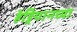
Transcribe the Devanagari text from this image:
हेड्रियानच्या